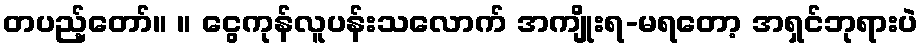
တပည့်တော်။ ။ ငွေကုန်လူပန်းသလောက် အကျိုးရ-မရတော့ အရှင်ဘုရားပဲ